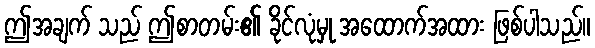
ဤအချက် သည် ဤစာတမ်း၏ ခိုင်လုံမှု အထောက်အထား ဖြစ်ပါသည်။